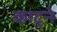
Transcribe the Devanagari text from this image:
काट्ने